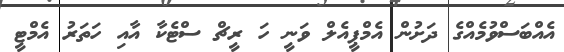
އެއްބަސްވުމެއްގެ ދަށުން އެމްޕީއެލް ވަނީ ހަ ރީޗް ސްޓެކާ އާއި ހަތަރު އެމްޓީ